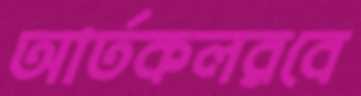
আর্তকলরবে